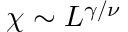
\chi \sim L ^ { \gamma / \nu }